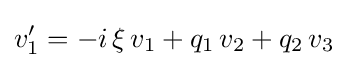
v_{1}'=-i\,\xi \,v_{1}+q_{1}\,v_{2}+q_{2}\,v_{3}